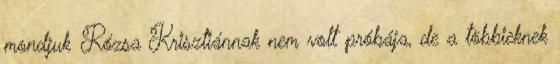
mondjuk Rózsa Krisztiánnak nem volt próbája, de a többieknek